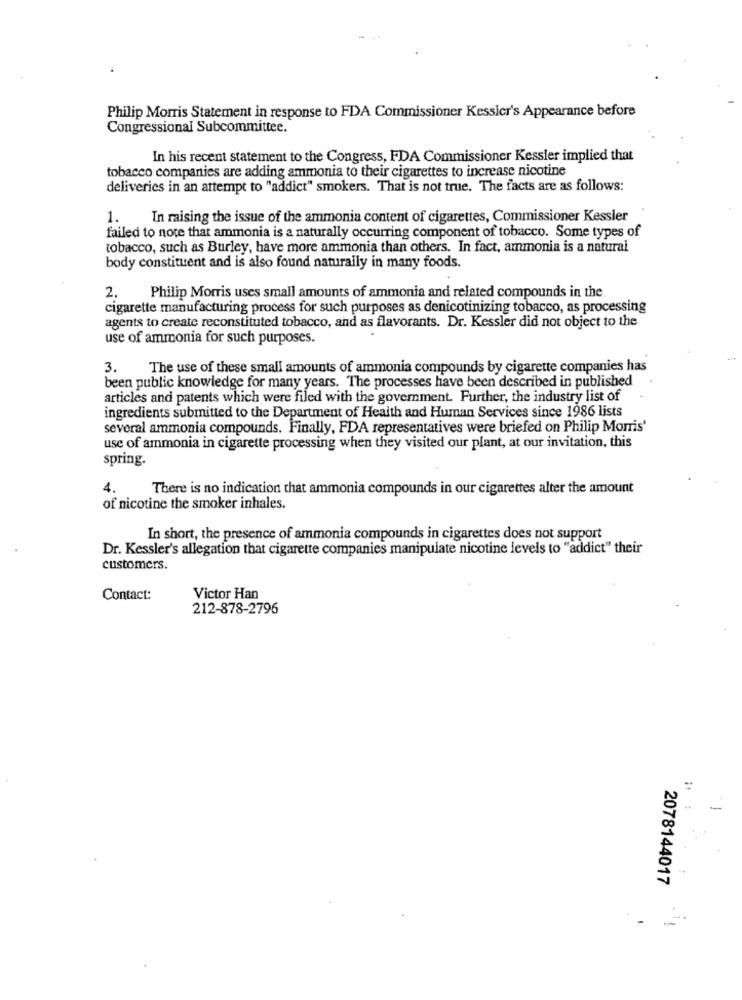
Philip Morris Statement in response to FDA Commissioner Kessler's Appearance before
Congressional Subcommittee.
In his recent statement to the Congress, FDA Commissioner Kessler implied that
tobacco companies are adding ammonia to their cigarettes to increase nicotine
deliveries in an attempt to "addict" smokers. That is not true. The facts are as follows:
1
In raising the issue of the ammonia content of cigarettes, Commissioner Kessler
failed to note that ammonia is a naturally occurring component of tobacco. Some types of
tobacco, such as Burley, have more ammonia than others. In fact, ammonia is a natural
body constituent and is also found naturally in many foods.
2.
Philip Morris uses small amounts of ammonia and related compounds in the
cigarette manufacturing process for such purposes as denicotinizing tobacco, as processing
agents to create reconstituted tobacco, and as flavorants. Dr. Kessler did not object to the
use of ammonia for such purposes.
3.
The use of these small amounts of ammonia compounds by cigarette companies has
been public knowledge for many years. The processes have been described in published
articles and patents which were filed with the government. Further, the industry list of
ingredients submitted to the Department of Health and Human Services since 1986 lists
several ammonia compounds. Finally, FDA representatives were briefed on Philip Morris'
use of ammonia in cigarette processing when they visited our plant, at our invitation, this
spring.
4.
There is no indication that ammonia compounds in our cigarettes alter the amount
of nicotine the smoker inhales.
In short, the presence of ammonia compounds in cigarettes does not support
Dr. Kessler's allegation that cigarette companies manipulate nicotine levels to "addict" their
customers.
Contact:
Victor Han
212-878-2796
2078144017